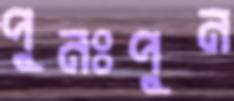
পুনঃপুন